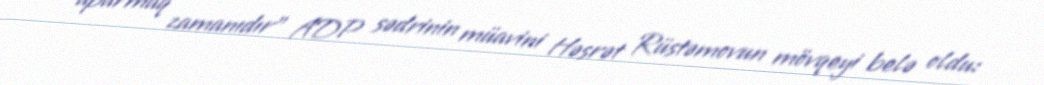
aparmaq zamanıdır” ADP sədrinin müavini Həsrət Rüstəmovun mövqeyi belə oldu: